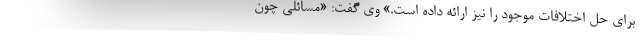
برای حل اختلافات موجود را نیز ارائه داده است.» وی گفت: «مسائلی چون